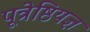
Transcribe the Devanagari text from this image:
पूत्रेष्ठियज्ञ